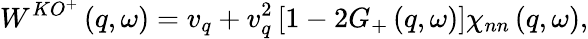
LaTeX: W^{KO^{+}}\left(q,\omega\right)=v_{q}+v_{q}^{2}\left[1-2G_{+}\left(q,\omega\right)\right]\chi_{nn}\left(q,\omega\right),